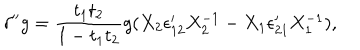
\delta ^ { \prime \prime } g = { \frac { t _ { 1 } t _ { 2 } } { 1 - t _ { 1 } t _ { 2 } } } g ( X _ { 2 } \epsilon _ { 1 2 } ^ { \prime } X _ { 2 } ^ { - 1 } - X _ { 1 } \epsilon _ { 2 1 } ^ { \prime } X _ { 1 } ^ { - 1 } ) ,